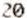
20